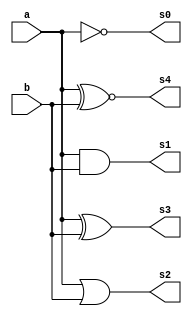
//Operadores bit-wise a operao e feita bit a bit

module Bit_Wise(input [3:0] a, b, output [3:0] s0,s1,s2,s3,s4);
	assign	s0 = ~a;  	//~  			NOT
	assign	s1 = a & b;	// & 			AND
	assign	s2 = a | b;	// | 			OR
	assign	s3 = a ^ b; // ^ 			XOR
	assign	s4 = a ~^ b;//~^ ou ^~  XNOR
endmodule